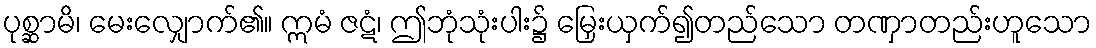
ပုစ္ဆာမိ၊ မေးလျှောက်၏။ ဣမံ ဇဋံ၊ ဤဘုံသုံးပါး၌ မြှေးယှက်၍တည်သော တဏှာတည်းဟူသော